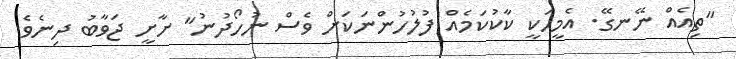
"ތިއެއް ނޭނގޭ. އެމީހަކީ ކާކުކަމެއް ފުލުހުންނަކަށް ވެސް ނުހޯދުނު" ށާށީ ޖަވާބު ދިނެވެ.